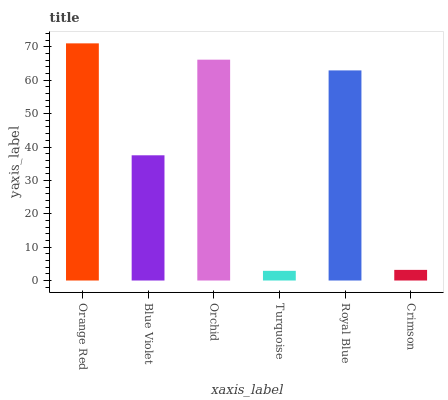
| xaxis_label | bars |
 | --- | --- |
 | Orange Red | 71.1 |
 | Blue Violet | 37.5 |
 | Orchid | 66.2 |
 | Turquoise | 2.9 |
 | Royal Blue | 63 |
 | Crimson | 3.19 |